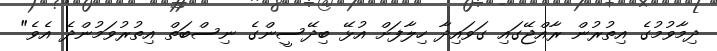
ދިމާވުމުގެ އިތުރުން ރާއްޖޭގައި ގަވައިދާ ހިލާފަށް އުޅޭ ބިދޭސީންގެ ނިސްބަތް އިތުރުވަމުންދެ އެވެ"